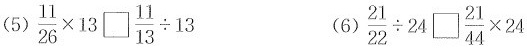
(5)$$\frac{11}{26} \times 13 \square \frac{11}{13} \div 13$$ (6)$$\frac{21}{22} \div 24 \square \frac{21}{44} \times 24$$